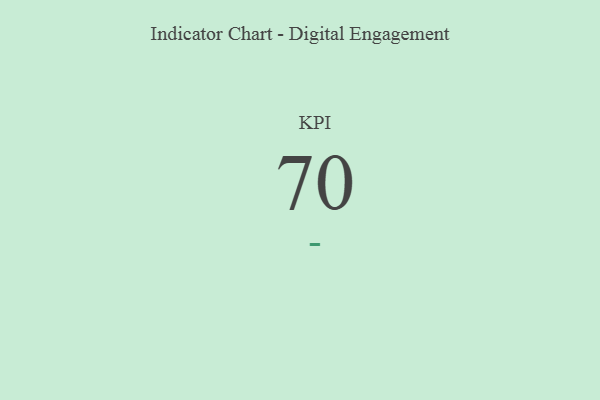
{"axis": {"x": "KPI", "y": "Value"}, "legend": [""], "data": [{"x": "KPI", "y": 70, "type": ""}]}